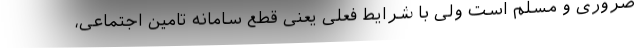
ضروری و مسلم است ولی با شرایط فعلی یعنی قطع سامانه تامین اجتماعی،